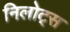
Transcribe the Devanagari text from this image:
निलोट्स